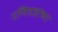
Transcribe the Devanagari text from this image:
गणितज्ञांच्या